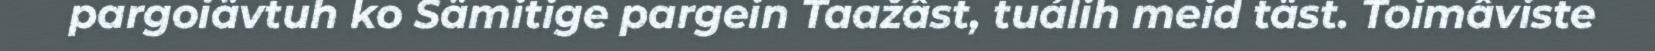
pargoiävtuh ko Sämitige pargein Taažâst, tuálih meid täst. Toimâviste